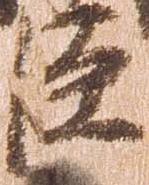
臣